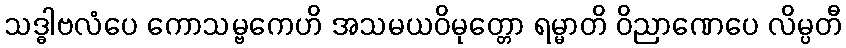
သဒ္ဓါဗလံပေ ကောသမ္ဗကေဟိ အသမယဝိမုတ္တော ရမ္မာတိ ဝိညာဏေပေ လိမ္ပတီ